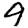
Digit: 9